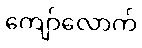
ကျော်လောက်